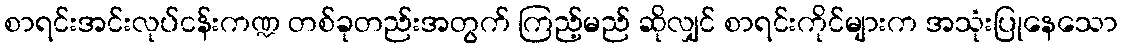
စာရင်းအင်းလုပ်ငန်းကဏ္ဍ တစ်ခုတည်းအတွက် ကြည့်မည် ဆိုလျှင် စာရင်းကိုင်များက အသုံးပြုနေသော